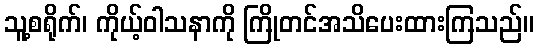
သူ့စရိုက်၊ ကိုယ့်ဝါသနာကို ကြိုတင်အသိပေးထားကြသည်။